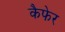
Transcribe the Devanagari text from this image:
कैफेर